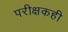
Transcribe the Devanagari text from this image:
परीक्षकही